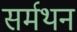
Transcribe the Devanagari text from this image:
सर्मथन